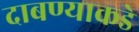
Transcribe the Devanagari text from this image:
दाबण्याकडे